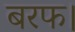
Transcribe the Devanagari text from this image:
बरफ।